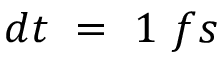
{ d } t \ = \ 1 { \ f s }